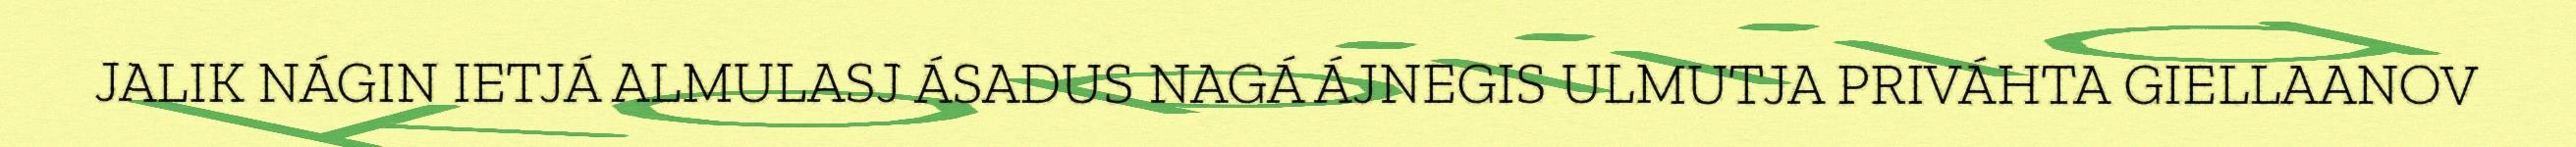
JALIK NÁGIN IETJÁ ALMULASJ ÁSADUS NAGÁ ÁJNEGIS ULMUTJA PRIVÁHTA GIELLAANOV